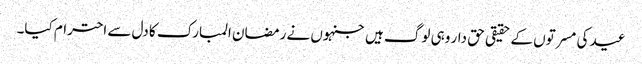
عید کی مسرتوں کے حقیقی حق دار وہی لوگ ہیں جنہوں نے رمضان المبارک کا دل سے احترام کیا۔